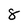
Character: 8